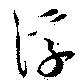
浮